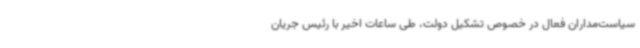
سیاست‌مداران فعال در خصوص تشکیل دولت، طی ساعات اخیر با رئیس جریان